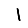
Digit: 1